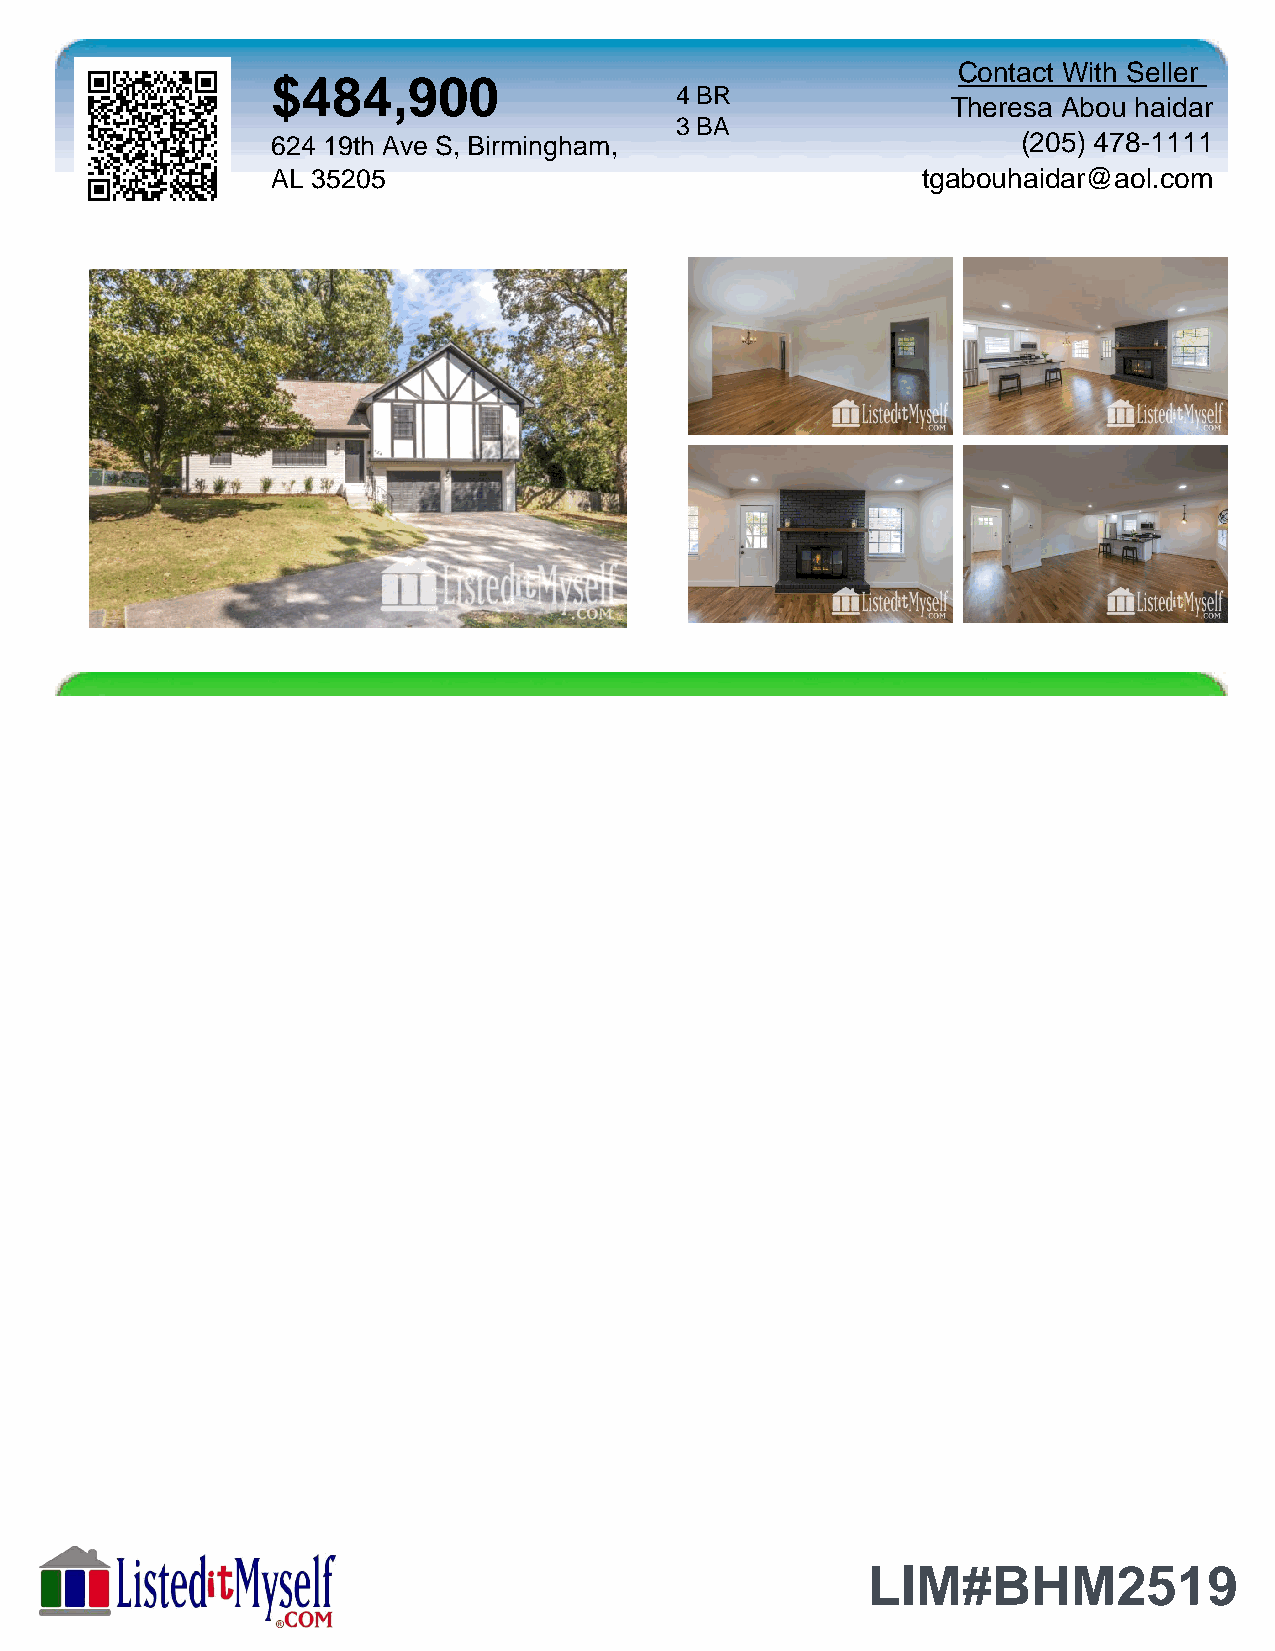
Contact With Seller
 $484,900
 4 BR
 Theresa Abou haidar
 3 BA
 624 19th Ave S, Birmingham,                       (205) 478-1111
 AL 35205                                   tgabouhaidar@aol.com
 LIM#BHM2519